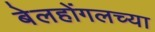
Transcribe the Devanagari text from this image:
बेलहोंगलच्या